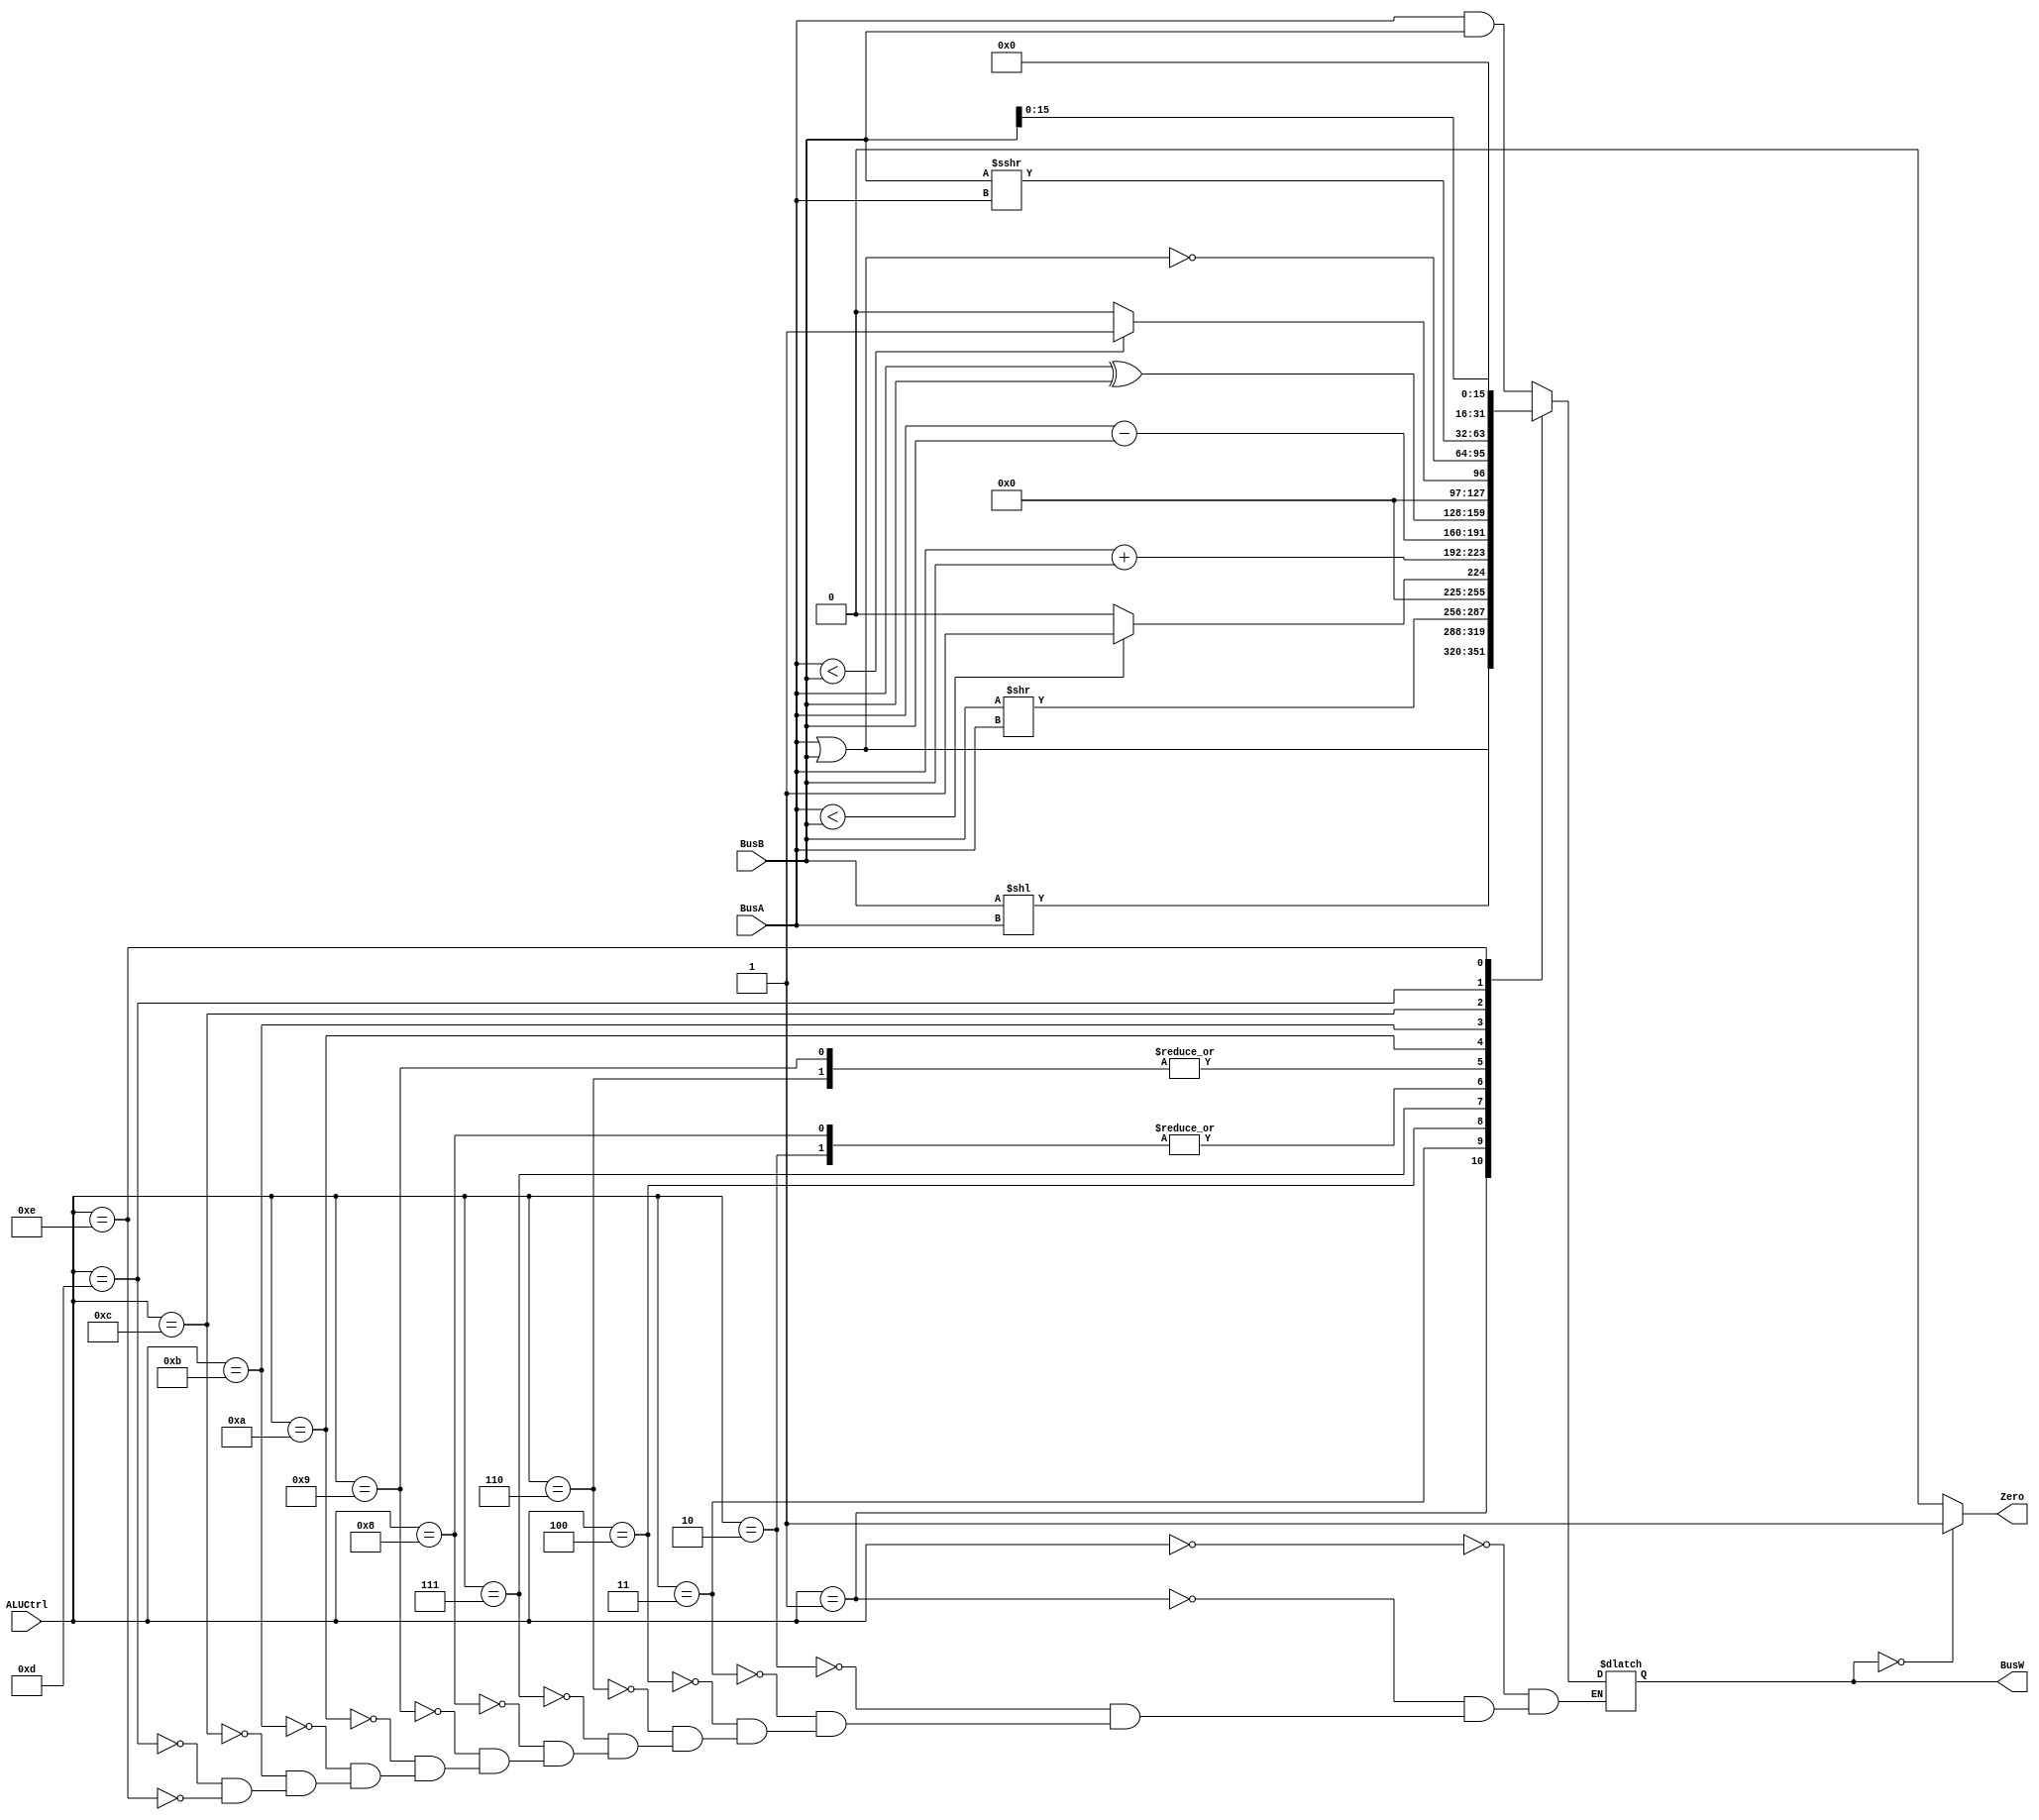
module ALU(BusW, Zero, BusA, BusB, ALUCtrl);
`define AND 4'b0000 
`define OR 4'b0001 
`define ADD 4'b0010 
`define SLL 4'b0011 
`define SRL 4'b0100 
`define SUB 4'b0110 
`define SLT 4'b0111 
`define ADDU 4'b1000 
`define SUBU 4'b1001 
`define XOR 4'b1010 
`define SLTU 4'b1011 
`define NOR 4'b1100 
`define SRA 4'b1101 
`define LUI 4'b1110 
input[31:0] BusA;
input[31:0] BusB;
input[3:0] ALUCtrl;
output Zero;
output reg [31:0] BusW;
reg overflow; 
assign Zero=(BusW==0)?1'b1:1'b0;

always @(ALUCtrl or BusA or BusB)
begin 
case(ALUCtrl)
`AND: BusW<=BusA&BusB;
`OR: BusW<=BusA|BusB;
`ADD: {overflow,BusW}<=BusA+BusB;
`SLL: BusW<=BusB<<BusA;
`SRL: BusW<=BusB>>BusA;
`SUB: {overflow,BusW}<=BusA-BusB;
`SLT: BusW<=($signed(BusA)<$signed(BusB))?1:0;
`ADDU: {overflow,BusW}<=BusA+BusB;
`SUBU: {overflow,BusW}<=BusA-BusB;
`XOR: BusW<=BusA^BusB;
`SLTU: BusW<=(BusA<BusB)?1:0;
`NOR: BusW<=~(BusA|BusB);
`SRA: BusW<=$signed(BusB)>>>BusA;
`LUI: BusW<={BusB[15:0],16'b0};
endcase
end

endmodule